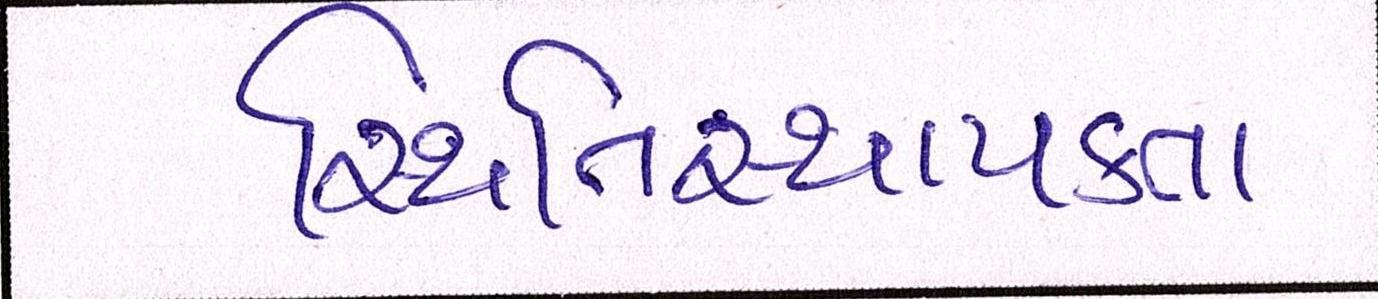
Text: સ્થિતિસ્થાપકતા